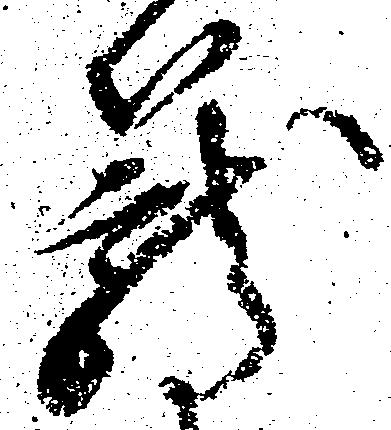
籠